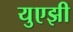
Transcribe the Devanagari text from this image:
युएझी